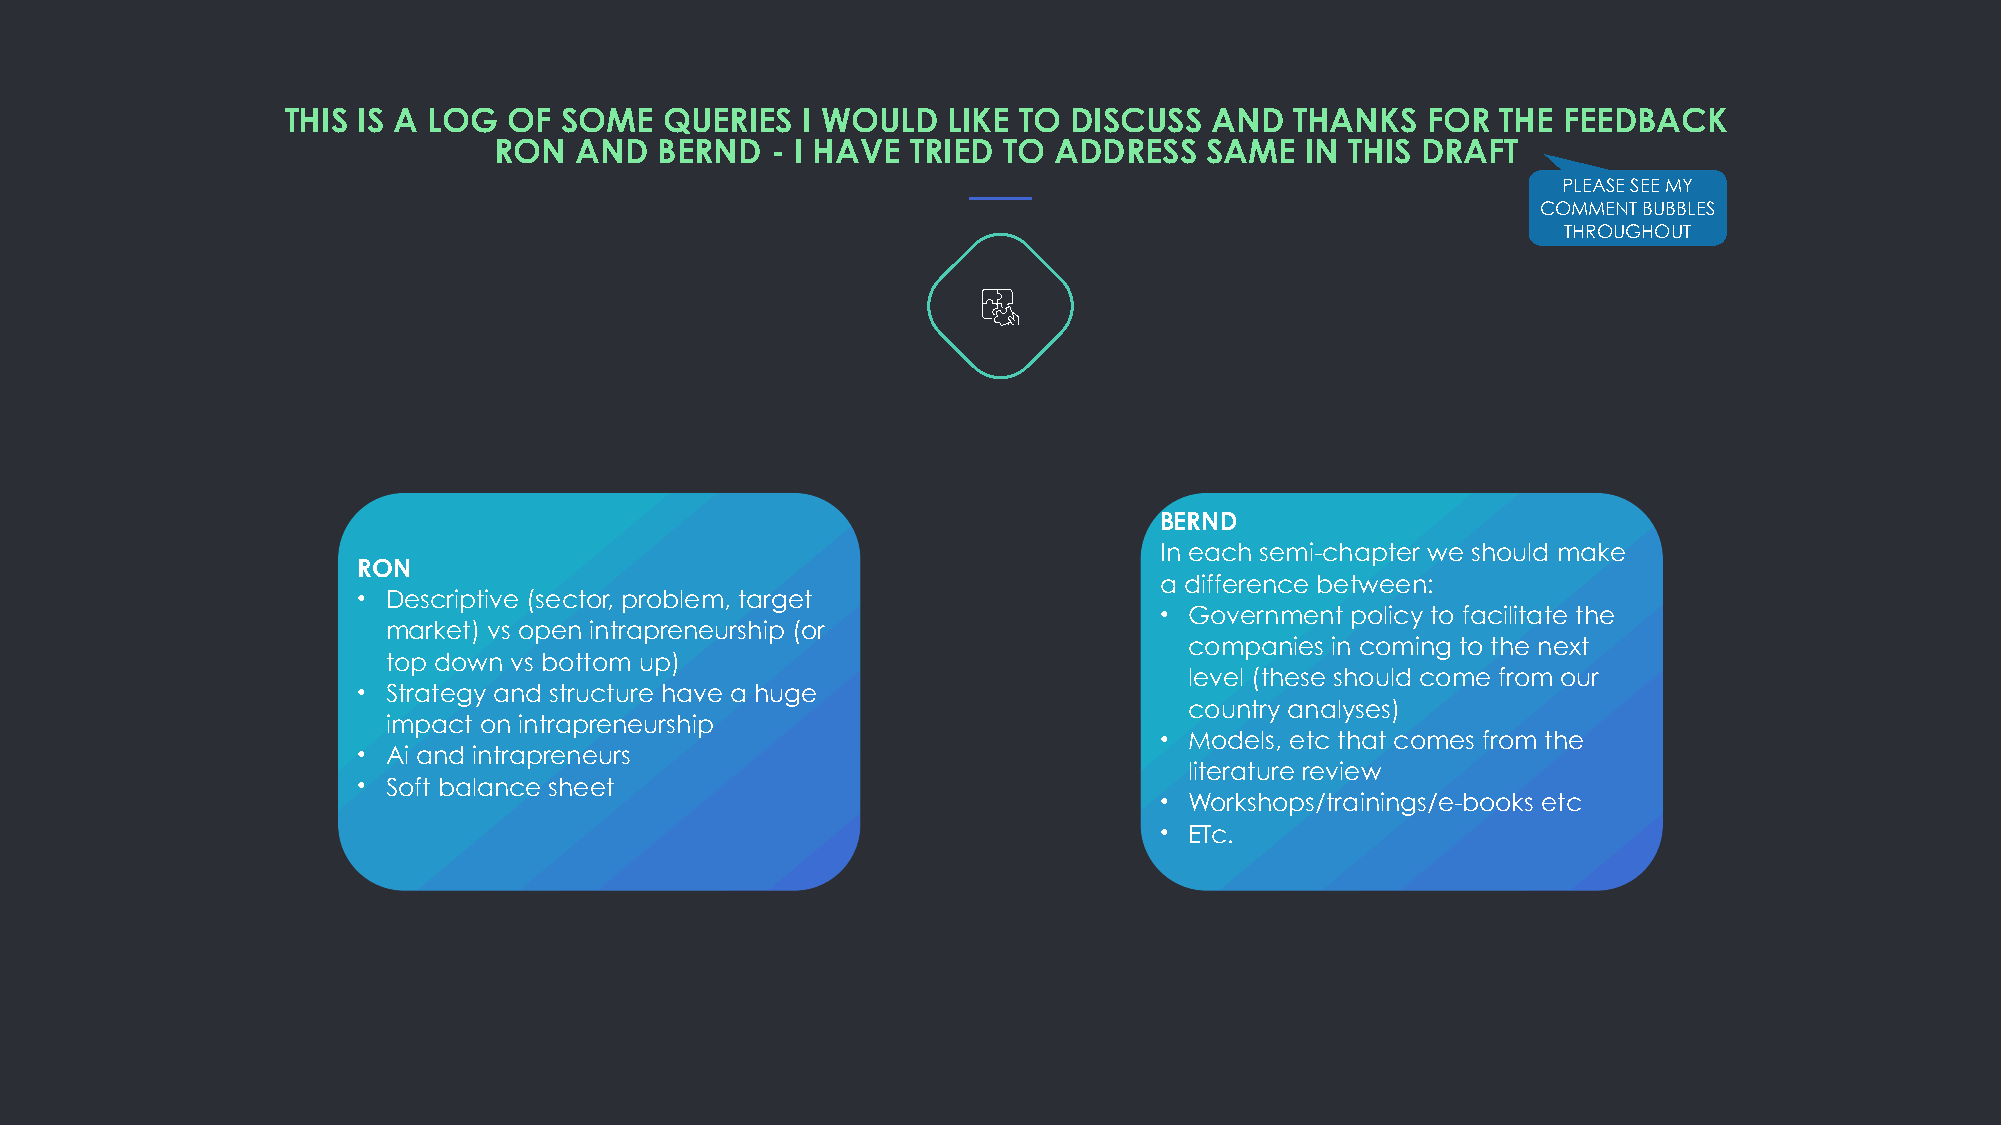
THIS IS A LOG  OF SOME   QUERIES  I WOULD   LIKE TO DISCUSS  AND   THANKS  FOR  THE FEEDBACK
 RON  AND  BERND   - I HAVE TRIED TO  ADDRESS   SAME  IN THIS DRAFT
 PLEASE SEE MY
 COMMENT BUBBLES
 THROUGHOUT
 BERND
 In each semi-chapter we should make
 RON
 a difference between:
 • Descriptive (sector, problem, target
 • Government policy to facilitate the
 market) vs open intrapreneurship (or
 companies in coming to the next
 top down vs bottom up)
 level (these should come from our
 • Strategy and structure have a huge
 country analyses)
 impact on intrapreneurship
 • Models, etc that comes from the
 • Ai and intrapreneurs
 literature review
 • Soft balance sheet
 • Workshops/trainings/e-books etc
 • ETc.